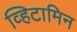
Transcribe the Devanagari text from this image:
व्हिटामिन